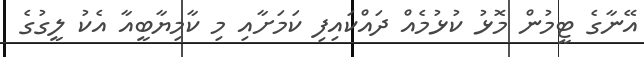
އޭނާގެ ޓީމުން މޮޅު ކުޅުމެއް ދައްކައިފި ކަމަށާއި މި ކާމިޔާބީއާ އެކު ލީގުގެ